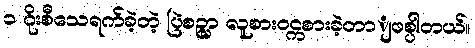
၁ ဂိုးစီသေရက်ခဲ့တဲ့ ပြဲစဉ္မွာ လူစားဝင္ကစားခဲ့တာျဖစ္ပါတယ်။